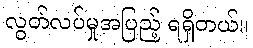
လွတ်လပ်မှုအပြည့် ရရှိတယ်။